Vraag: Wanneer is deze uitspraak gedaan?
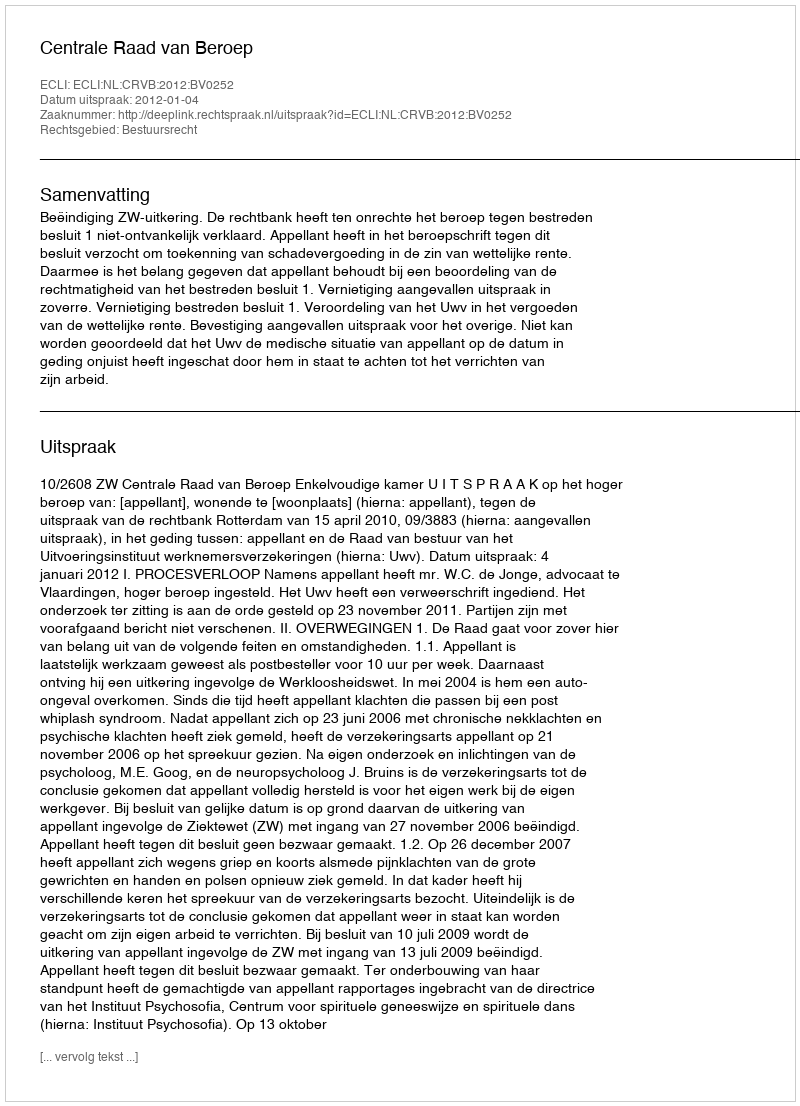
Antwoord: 2012-01-04